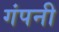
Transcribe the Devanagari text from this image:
गंपनी